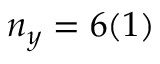
n _ { y } = 6 ( 1 )